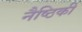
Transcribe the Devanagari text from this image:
नैष्ठिकी